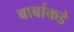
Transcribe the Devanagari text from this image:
बाबांकडे